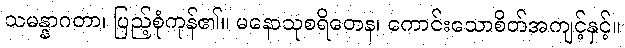
သမန္နာဂတာ၊ ပြည့်စုံကုန်၏။ မနောသုစရိတေန၊ ကောင်းသောစိတ်အကျင့်နှင့်။